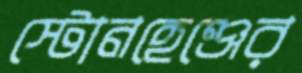
স্টোনহেঞ্জের